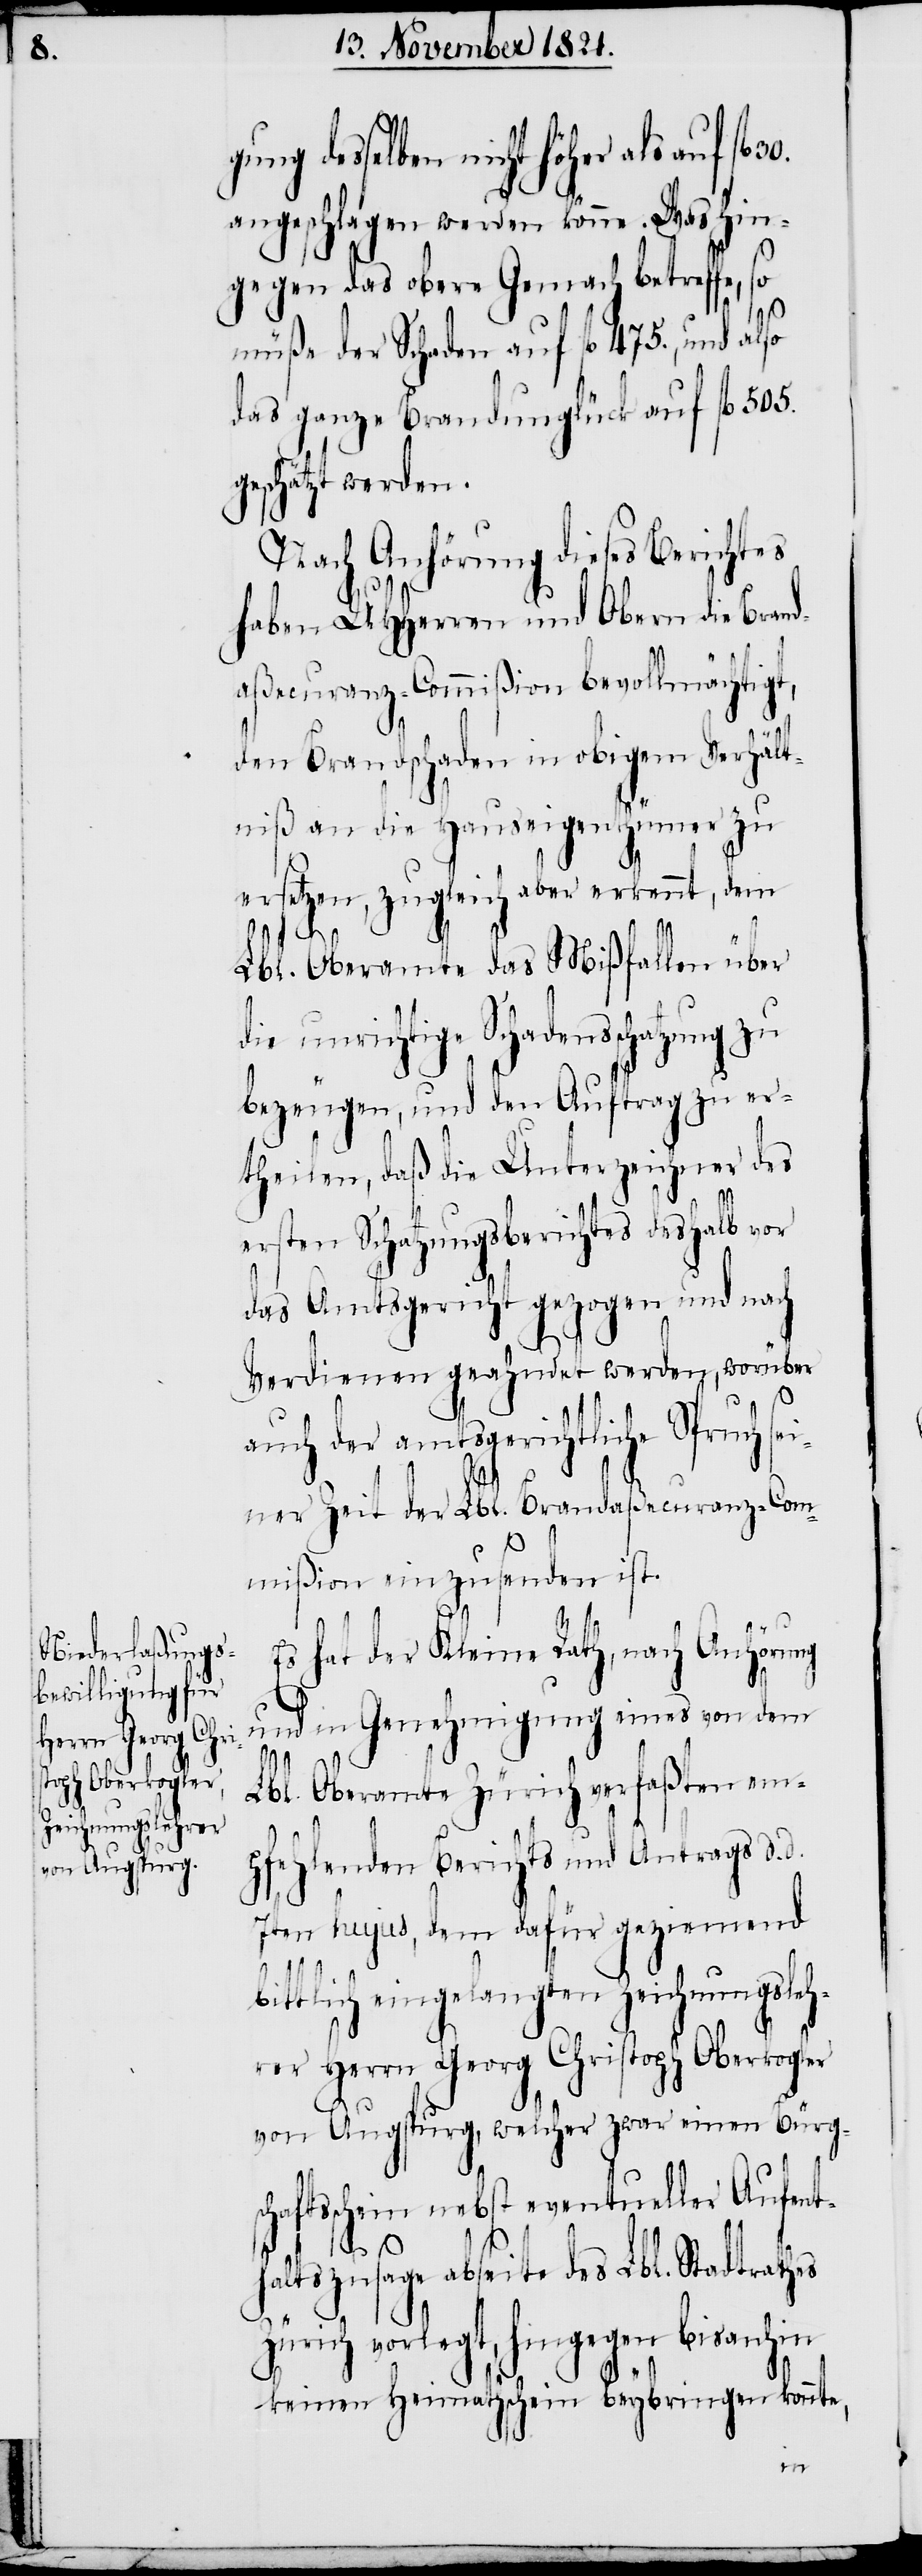
30.

ung desselben nicht höher als auf
angeschlagen werden könne. Was hin¬
gegen das obere Gemach betreffe, so
müße der Schaden auf fl. 475., und also
das ganze Brandunglück auf fl. 505.
geschätzt werden.
g¬
bit¬
Es hat der Kleine Rath, nach Anhörung
und in Genehmigung eines von dem
Lbl. Oberamte Zürich verfaßten em¬
pfehlenden Berichts und Antrags d. d.
7ten hujus, dem dafür geziemend
tlich eingelangten Zeichnungsleh¬
rer Herrn Georg Christoph Oberkogler
von Augspurg, welcher zwar einen Bürg¬
schaftsschein nebst eventueller Aufent¬
haltszusage abseite des Lbl. Stadtrathes
Zürich vorlegt, hingegen bis anhin
keinen Heymathschein beybringen konnte,